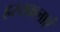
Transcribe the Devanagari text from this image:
हस्तकलाएं